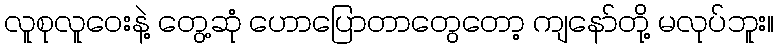
လူစုလူဝေးနဲ့ တွေ့ဆုံ ဟောပြောတာတွေတော့ ကျနော်တို့ မလုပ်ဘူး။